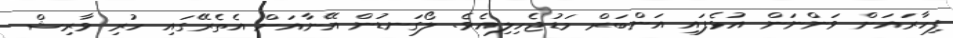
ފިހާރައަށް ވަންނަން އުޅެފައި އަންބަރް މަޑުޖެހިލިއެވެ. ލޯގަނޑުން އޭނާއަށް އެތެރޭގައި ހުރި ވާރިޝް